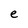
Character: e